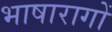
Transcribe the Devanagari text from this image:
भाषारागों